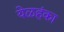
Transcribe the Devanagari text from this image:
येळहंका